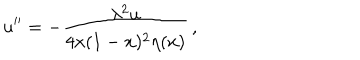
u ^ { \prime \prime } = - \frac { \lambda ^ { 2 } u } { 4 x ( 1 - x ) ^ { 2 } \eta ( x ) } \, ,